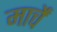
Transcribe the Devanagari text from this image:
मार्चें